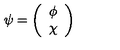
\psi = \left( \begin{array} { c } { \phi } \\ { \chi } \\ \end{array} \right)